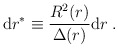
\begin{align*}\mbox{d} r^* \equiv \frac{R^2(r)}{\Delta(r)} \mbox{d} r \; .\end{align*}